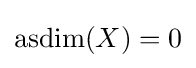
\operatorname {asdim} (X)=0